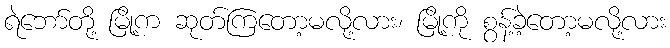
ရဲဘော်တို့ မြို့က ဆုတ်ကြတော့မလို့လား၊ မြို့ကို စွန့်ခဲ့တော့မလို့လား